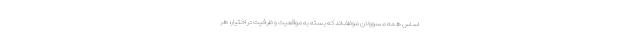
اساس همه مسوولان موظف‌اند که بسته به موقعیت و ظرفیت در اختیار، هر